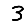
Digit: 3